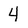
Character: 4